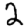
Digit: 2